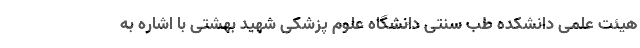
هیئت علمی دانشکده طب سنتی دانشگاه علوم پزشکی شهید بهشتی با اشاره به